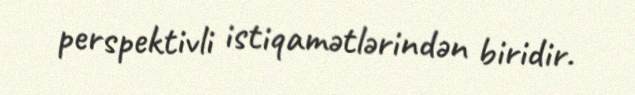
perspektivli istiqamətlərindən biridir.